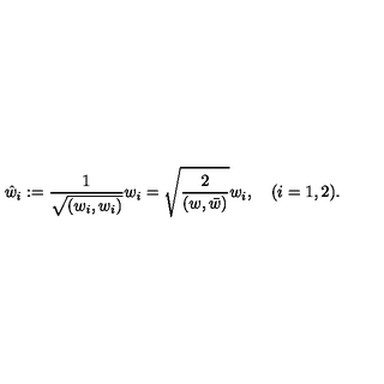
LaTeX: \hat { w } _ { i } : = \frac { 1 } { \sqrt { ( w _ { i } , w _ { i } ) } } w _ { i } = \sqrt { \frac { 2 } { ( w , \bar { w } ) } } w _ { i } , \quad ( i = 1 , 2 ) .